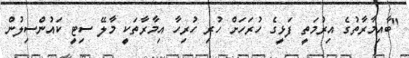
"ބާއިމާރާތުގެ އިރުމަތީ ފަޅީގެ ހުރަހަށް ހުރި ހުރިހާ އިމާރާތަކީ މާލޭ ސިޓީ ކައުންސިލުން